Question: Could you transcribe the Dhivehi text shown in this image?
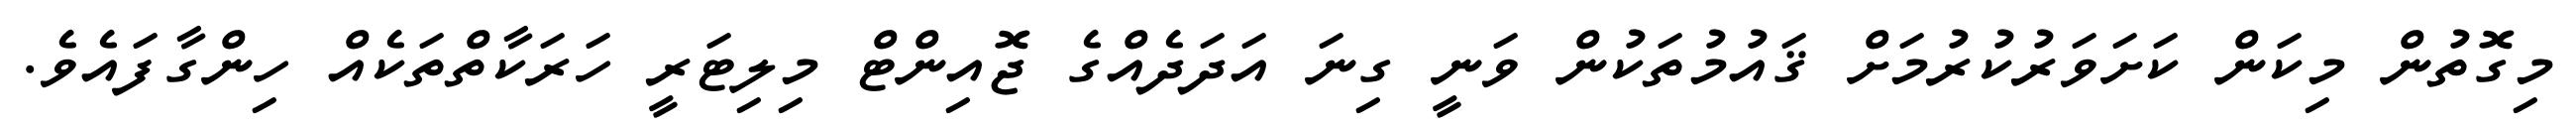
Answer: މިގޮތުން މިކަން ކަށަވަރުކުރުމަށް ޤައުމުތަކުން ވަނީ ގިނަ އަދަދެއްގެ ޖޮއިންޓް މިލިޓަރީ ހަރަކާތްތަކެއް ހިންގާފައެވެ.